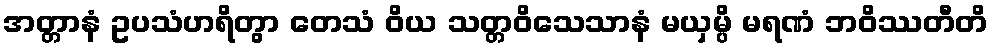
အတ္တာနံ ဥပသံဟရိတွာ တေသံ ဝိယ သတ္တဝိသေသာနံ မယှမ္ပိ မရဏံ ဘဝိဿတီတိ